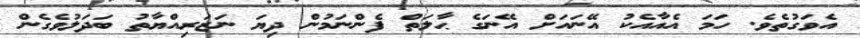
އެވަގުތެވެ. ހަމަ އެއާއެކު އޭނައަށް އޭނަގެ ޙާލަތް ފެންނަމުން ދިޔަ ނަޒަރިއްޔާތު ބަދަލުވެގެން